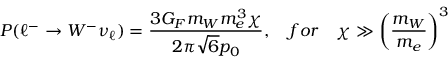
P ( \ell ^ { - } \rightarrow W ^ { - } \nu _ { \ell } ) = \frac { 3 G _ { F } m _ { W } m _ { e } ^ { 3 } \chi } { 2 \pi \sqrt { 6 } p _ { 0 } } , \quad f o r \quad \chi \gg \biggl ( { \frac { m _ { W } } { m _ { e } } } \biggr ) ^ { 3 }